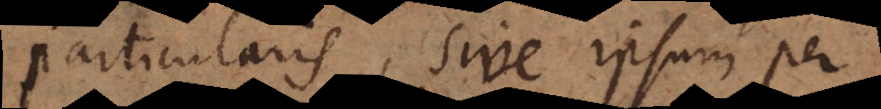
particularis, sive ipsum per